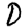
Digit: 0